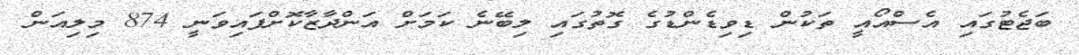
ބަޖެޓުގައި އެސްއޯއީ ތަކުން ޑިވިޑެންޑުގެ ގޮތުގައި ލިބޭނެ ކަމަށް އަންދާޒާކޮށްފައިވަނީ 874 މިލިއަން